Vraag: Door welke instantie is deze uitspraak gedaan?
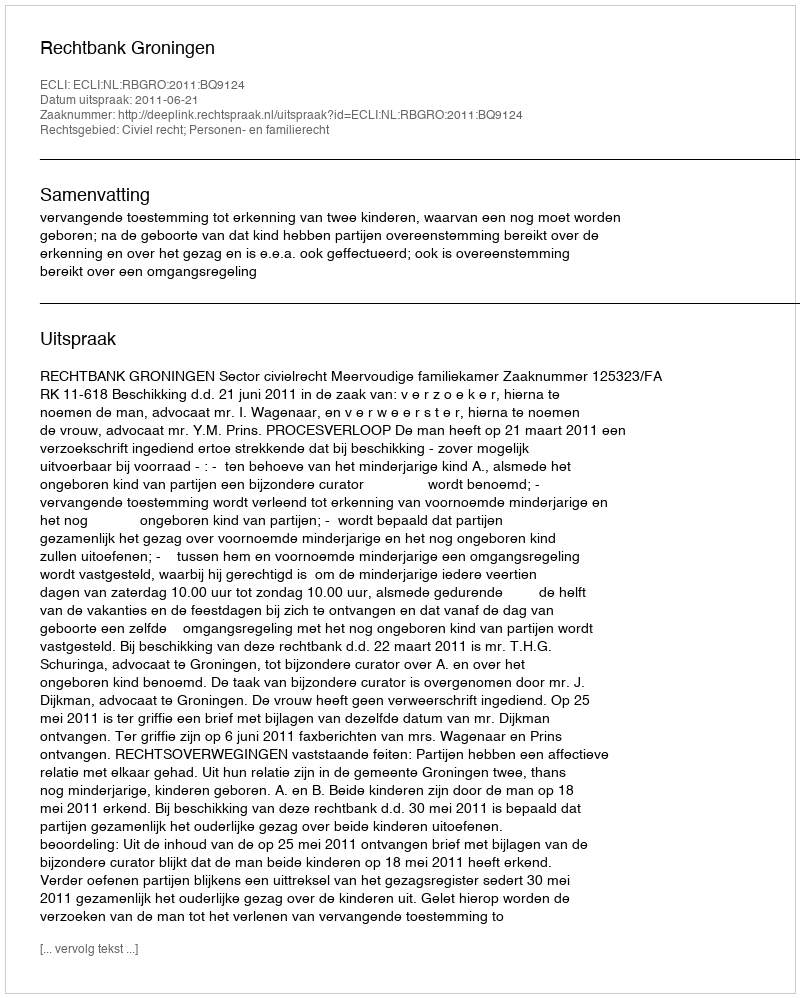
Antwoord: Rechtbank Groningen